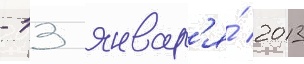
- 13 январ'я́ 2013